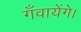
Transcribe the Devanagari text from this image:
गँवायेंगे।